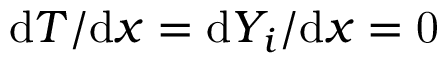
\mathrm { d } T / \mathrm { d } x = \mathrm { d } Y _ { i } / \mathrm { d } x = \ensuremath { \mathrm { 0 } }